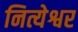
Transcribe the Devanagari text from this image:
नित्येश्वर